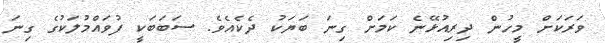
ވަރަކަށް މީހުން ދިރިއުޅޭނެ ކަމަށް ގިނަ ބަޔަކު ދެކެއެވެ. ސަބަބަކީ ފުވައްމުލަކުގެ ގިނަ